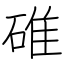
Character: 碓